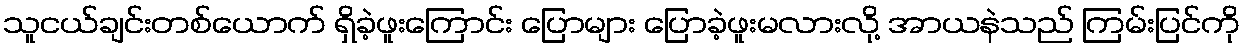
သူငယ်ချင်းတစ်ယောက် ရှိခဲ့ဖူးကြောင်း ပြောများ ပြောခဲ့ဖူးမလားလို့ အာယနဲသည် ကြမ်းပြင်ကို